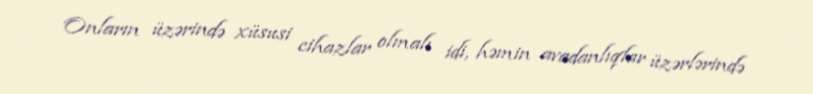
Onların üzərində xüsusi cihazlar olmalı idi, həmin avadanlıqlar üzərlərində